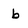
Character: b